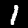
Digit: 1